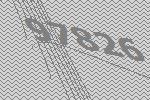
97826